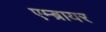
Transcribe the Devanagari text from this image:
एम्ब्रायर